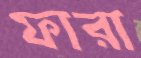
ফারা